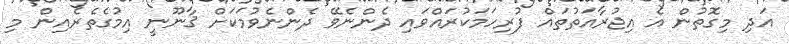
އަދި މިގޮތުން އެ އިޖުރާއަތުތައް ފުރިހަމަކުރައްވައި ދެންނެވޭ ދެންނެވުމަކަށް ޤާނޫނީ އިމުގެތެރެއިން މި